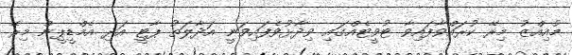
މުއިއްޒު މިރޭ ކުރައްވާފައިވާ ޓުވީޓެއްގައި ވިދާޅުވެފައިވަނީ އަދާލަތު ޕާޓީ އަދި އެމްޑީޕީން މިރޭ